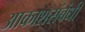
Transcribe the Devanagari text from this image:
आकाशसंबंधी